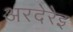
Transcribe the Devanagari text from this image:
अरदेरेइ